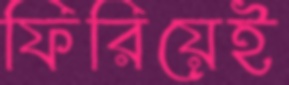
ফিরিয়েই